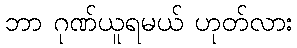
ဘာ ဂုဏ်ယူရမယ် ဟုတ်လား